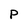
Character: p